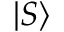
\vert S \rangle